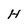
Character: H